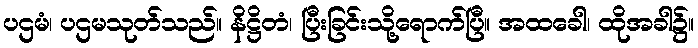
ပဌမံ၊ ပဌမသုတ်သည်။ နိဋ္ဌိတံ၊ ပြီးခြင်းသို့ရောက်ပြီ။ အထခေါ၊ ထိုအခါ၌။